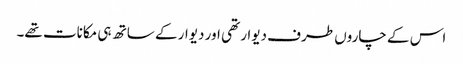
اس کے چاروں طرف دیوار تھی اور دیوار کے ساتھ ہی مکانات تھے۔